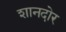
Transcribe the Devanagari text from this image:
शानदोर